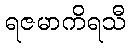
ရဇမာကိရသီ